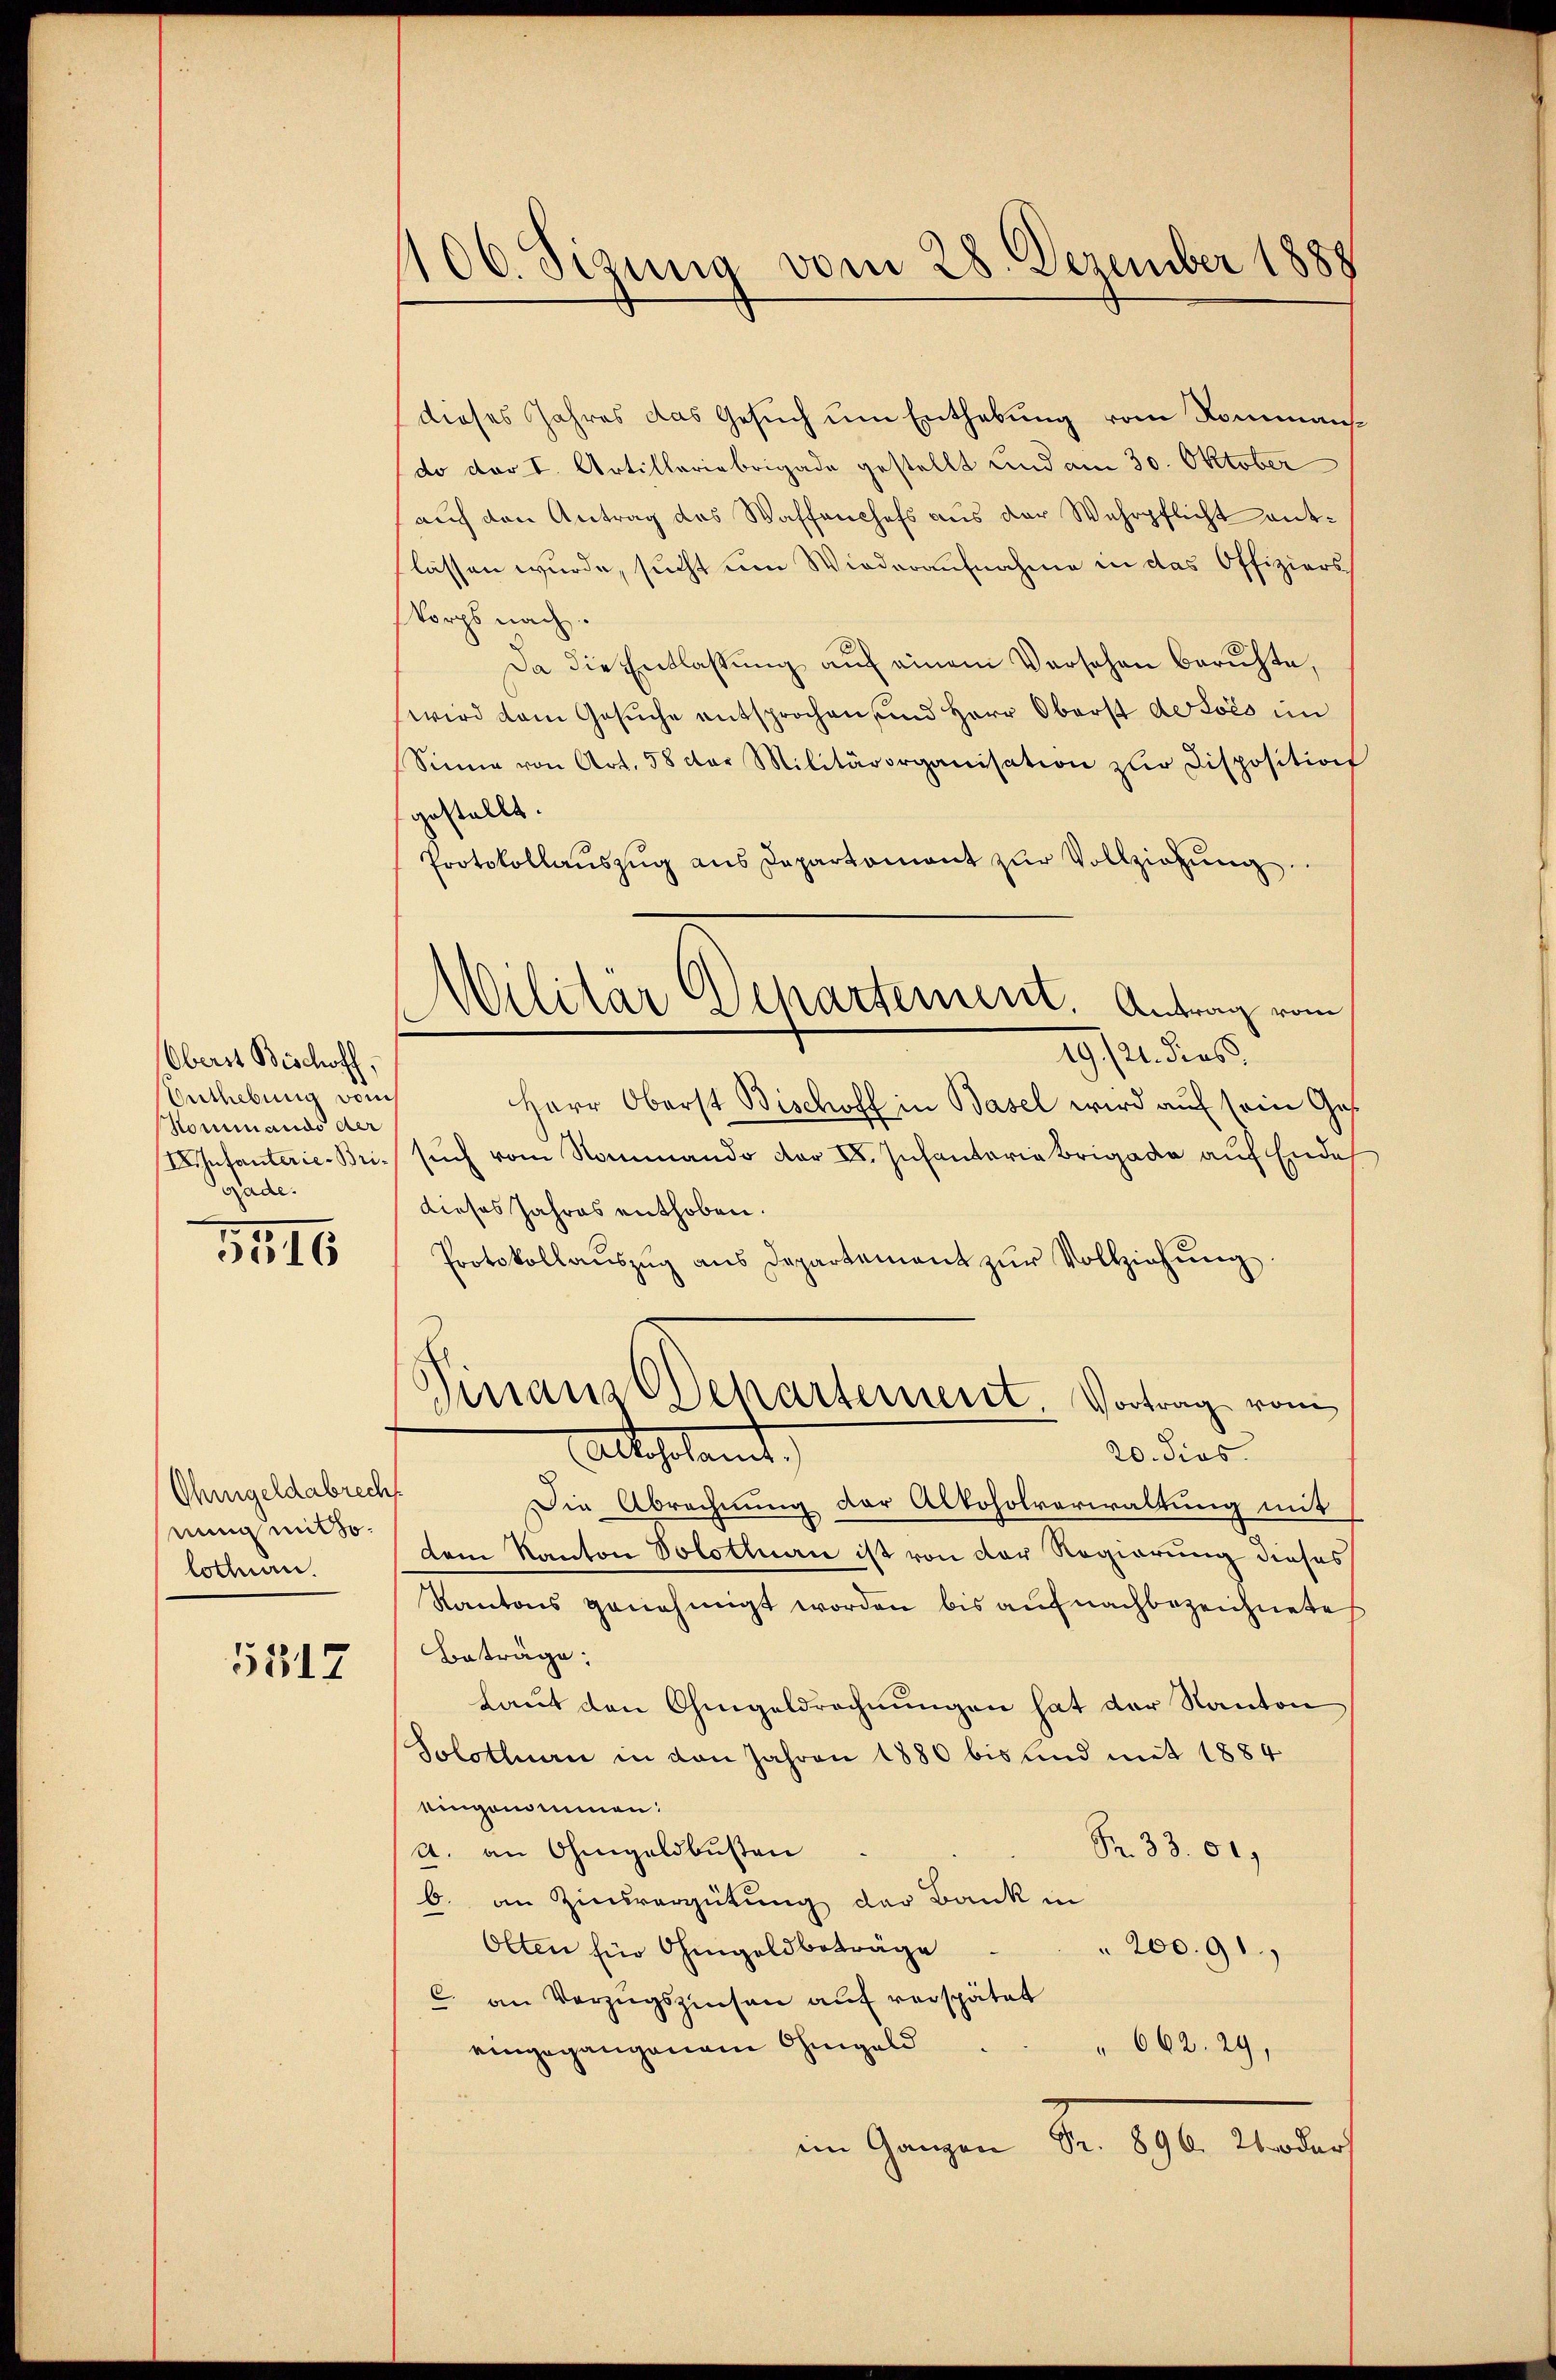
Oberst Bischoff,
Oertlebung vom
Kommando der
oade.

5546

Ohmgeldabrecht
nung mit so.
lothurn.

5817

1106. Sizung vom 28. Dezember 1888

Militär Departement. Antrag vom
19/21. dies

dieses Jahres das Gesuch um Enthebung vom Rommansdo der I. Artilleriebrigade gestellt und am 30. Oktober
aŭch den Antrag des Waffenchefs aus der Wehrpflicht entlassen wurde, sucht um Wiederaufnahme in das Offiziers
Vorps nach.
Da die Entlassung auf einem Versehen beruhte,
wird dem Gesuche entsprochen und Herr Oberst detois imm
Sinne von Art. 58 das Militärorganisation zŭr Disposition
gestellte.
Protokollauszug aus Departemont zur Vollziehung
Herr Oberst Bischoff in Basel wird auf sein Ges¬
Antanterie-Bri. such vom Nommando der I. Infantaria Brigade auf Ende
dieses Jahres enthoben.
Protokollaŭszŭg ans Departement zŭr Vollziehŭng.
Sinaus Departement. Vortrag vom
Altschamt
20. dies
Die Abrechnung der Alkoholverwaltung mit
dem Kanton Solothurn ist von der Regierung dieses
Kantons genehmigt worden bis auf nachbezeichnete
Beträge;
Laut den Ohmgeldrechnungen hat der Kanton
Solothurn in den Jahren 1880 bis und mit 1884
eingenommen:
Fr. 33. 51.
A. an Ohmgeldbußen
6. an Zinsvergütung der Bank in
Olten für Ohmgeldbeträge
 200. 91.
c. an Vorzugszinsen auf verspätet
eingegangenem Ohmgeld
" 662. 29,
Ao. 1910. Mater
im Ganzen